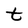
Character: t